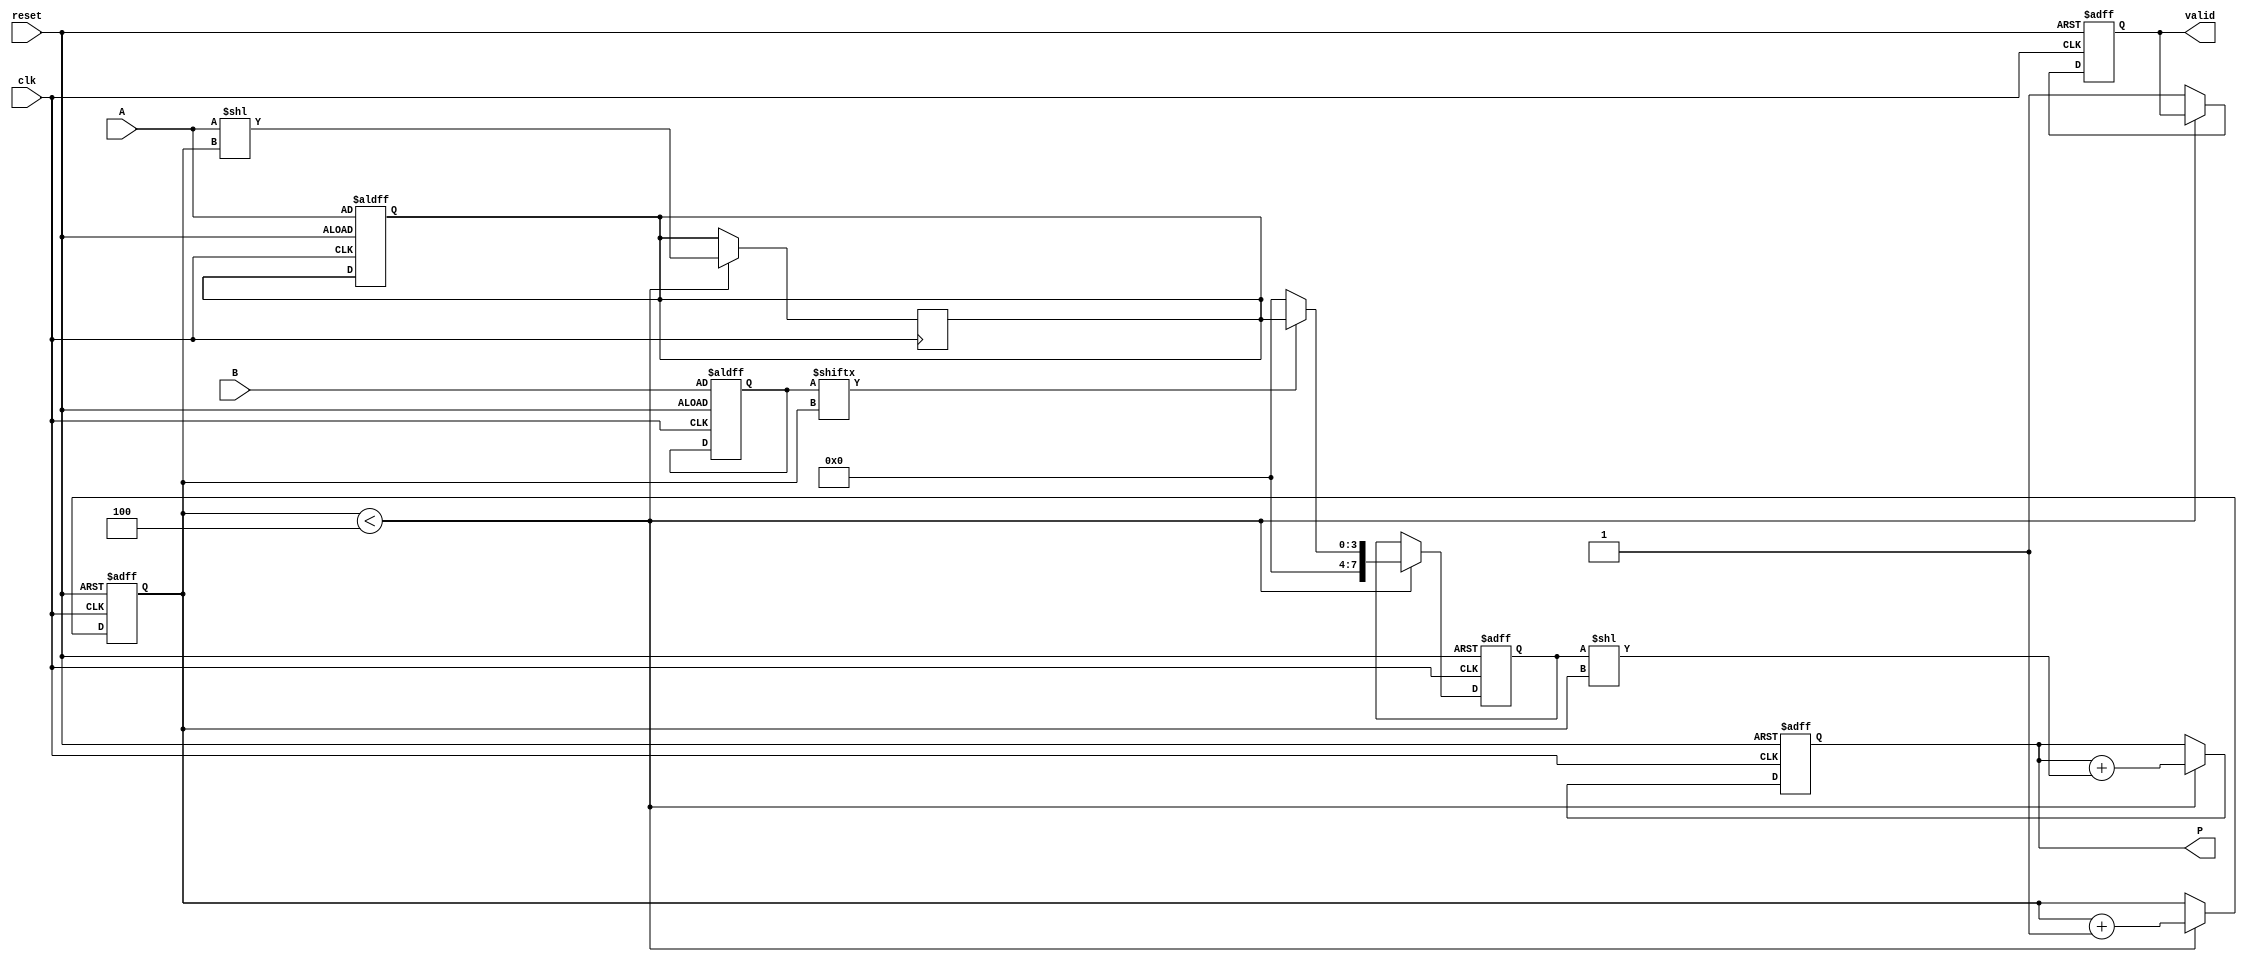
module PartialProductAccumulator #(parameter N = 4, M = 4) (
    input wire [N-1:0] A,          // Multiplicand
    input wire [M-1:0] B,          // Multiplier
    input wire clk,                 // Clock
    input wire reset,               // Reset
    output reg [(N + M) - 1:0] P,   // Product
    output reg valid                // Valid signal
);

    reg [M-1:0] multiplier;         // Internal multiplier register
    reg [(N + M) - 1:0] partial_product; // Partial product
    reg [3:0] count;                // Count of bits processed
    reg [N-1:0] shifted_A;          // Shifted multiplicand

    always @(posedge clk or posedge reset) begin
        if (reset) begin
            P <= 0;
            valid <= 0;
            count <= 0;
            multiplier <= B;
            shifted_A <= A;
            partial_product <= 0;
        end else if (count < M) begin
            // Generate partial product
            if (multiplier[count]) begin
                partial_product <= shifted_A; // If the bit is 1, take the multiplicand
            end else begin
                partial_product <= 0; // If the bit is 0, no contribution
            end
            
            // Accumulate the partial product
            P <= P + (partial_product << count);
            count <= count + 1;
        end else begin
            // All bits processed
            valid <= 1; // Signal that the product is valid
        end
    end

    always @(posedge clk) begin
        // Shift the multiplicand for the next bit of the multiplier
        if (count < M) begin
            shifted_A <= A << count; // Shift A left by count
        end
    end

endmodule